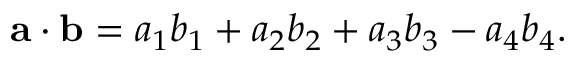
\mathbf { a } \cdot \mathbf { b } = a _ { 1 } b _ { 1 } + a _ { 2 } b _ { 2 } + a _ { 3 } b _ { 3 } - a _ { 4 } b _ { 4 } .